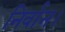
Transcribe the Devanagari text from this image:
निर्वान।